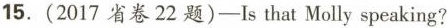
15. (2017省卷22题)——Isthat Molly speaking?